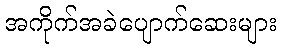
အကိုက်အခဲပျောက်ဆေးများ